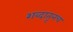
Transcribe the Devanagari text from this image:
शब्दातूनच